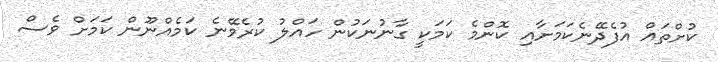
ކުށްތައް އުފެދޭނެކަމަށާއި ކޮންމެ ކަމަކީ ގާނުނަކުން ހައްލު ކުރެވޭނެ ކަމެއްނޫން ކަމަށް ވެސް